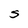
Character: S